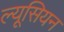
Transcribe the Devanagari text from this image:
ल्यूसियन